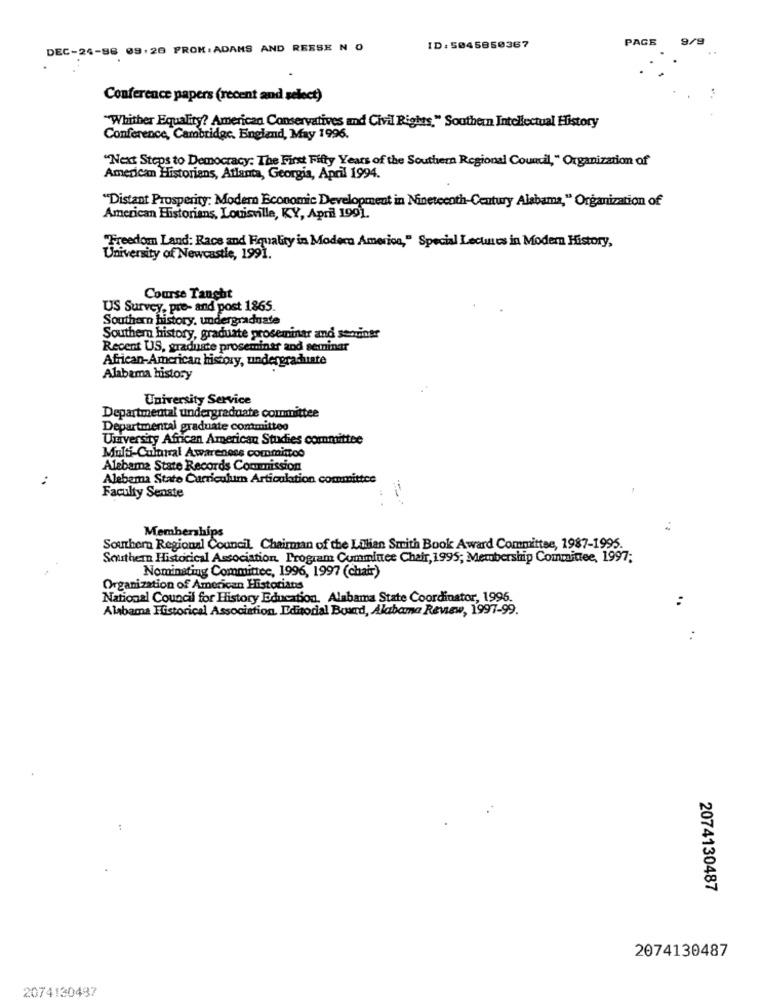
PAGE
DEC-24-86 09.20 FROM: ADAMS AND REESE N 0
ID: 5045850367
Conference papers (recent and select)
"Whither Equality? American Conservatives and Civil Rights," Southern Intellectual History
Conference, Cambridge, England, May 1996.
"Next Steps to Democracy: The First Fifty Years of the Southern Regional Council, " Organization of
American Historians, Atlanta, Georgia, April 1994.
"Distant Prosperity: Modern Economic Development in Nineteenth-Century Alabama," Organization of
American Historians, Louisville, KY, April 199).
"Freedom Land: Race and Fiquality in Modern America," Special Lectures in Modern History,
University of Newcastle, 1991.
Course Taught
US Survey, pre- and post 1865.
Southern history. undergraduate
Southern history, graduate proseminar and seminer
Recent US, graduate proseminar and seminar
African-American history, undergraduate
Alabama history
University Service
Departmental undergraduate committee
Departmental graduate committee
University African American Studies committee
Multi-Cultural Awareness commisoo
Alabama State Records Commission
Alebema State Curriculum Articulation committee
Faculty Senste
Memberships
Southern Regional Council Chairman of the Lillian Smith Book Award Committee, 1987-1995.
Southern Historical Association Program Cumminee Chair, 1995; Membership Committee, 1997;
Nominating Committee, 1996, 1997 (chair)
Organization of American Historians
National Council for History Education. Alabama State Coordinator, 1995.
:
Alabama Historical Association. Editorial Board, Alabama Review, 1997-99.
:
2074130487
2074130487
2074130487